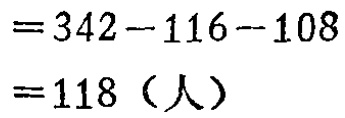
\[

\begin{align*}

&=342 - 116 - 108\\

&=118 \text{（人）}

\end{align*}

\]